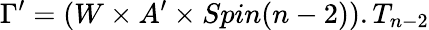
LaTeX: \Gamma^{\prime}=(W\times A^{\prime}\times Spin(n-2)).T_{n-2}